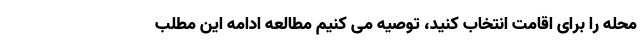
محله را برای اقامت انتخاب کنید، توصیه می کنیم مطالعه ادامه این مطلب